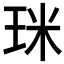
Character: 𤥄